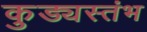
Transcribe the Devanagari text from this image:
कुड्यस्तंभ